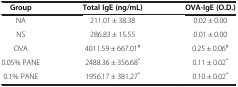
<table><thead><tr><td><b>Group</b></td><td><b>Total IgE (ng/mL)</b></td><td><b>OVA-IgE (O.D.)</b></td></tr></thead><tbody><tr><td>NA</td><td>211.01 ± 38.38</td><td>0.02 ± 0.00</td></tr><tr><td>NS</td><td>286.83 ± 15.55</td><td>0.01 ± 0.00</td></tr><tr><td>OVA</td><td>4011.59 ± 667.01<sup>#</sup></td><td>0.25 ± 0.06<sup>#</sup></td></tr><tr><td>0.05% PANE</td><td>2488.36 ± 356.68<sup>*</sup></td><td>0.11 ± 0.02<sup>*</sup></td></tr><tr><td>0.1% PANE</td><td>1956.17 ± 381.27<sup>*</sup></td><td>0.10 ± 0.02<sup>*</sup></td></tr></tbody></table>